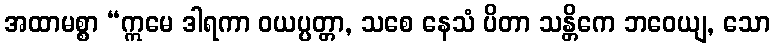
အထာမစ္စာ “ဣမေ ဒါရကာ ဝယပ္ပတ္တာ, သစေ နေသံ ပိတာ သန္တိကေ ဘဝေယျ, သော